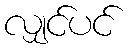
လျှင်ပင်